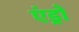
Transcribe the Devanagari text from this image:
एंड्रो